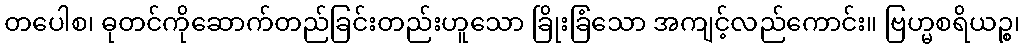
တပေါစ၊ ဓုတင်ကိုဆောက်တည်ခြင်းတည်းဟူသော ခြိုးခြံသော အကျင့်လည်ကောင်း။ ဗြဟ္မစရိယဉ္စ၊